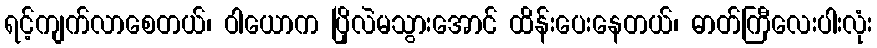
ရင့်ကျက်လာစေတယ်၊ ဝါယောက ပြိုလဲမသွားအောင် ထိန်းပေးနေတယ်၊ ဓာတ်ကြီလေးပါးလုံး